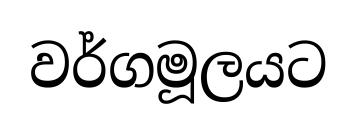
වර්ගමූලයට